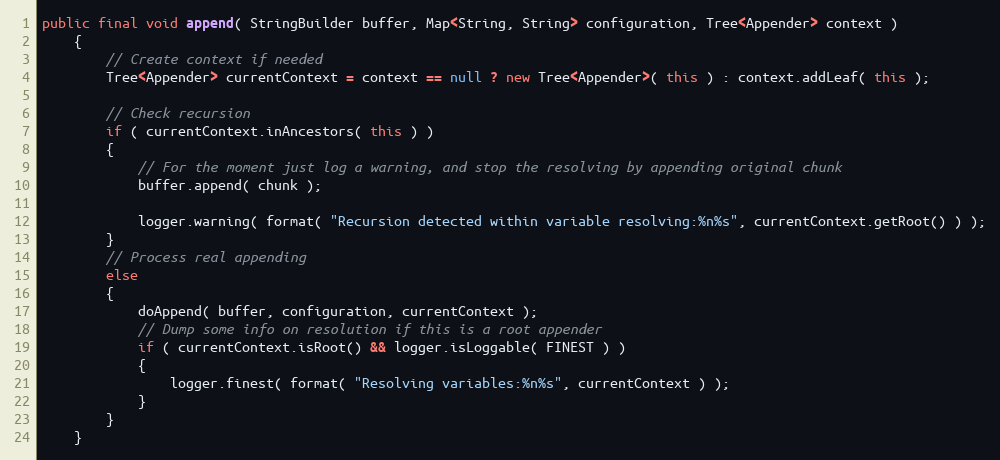
Language: Java
public final void append( StringBuilder buffer, Map<String, String> configuration, Tree<Appender> context )
    {
        // Create context if needed
        Tree<Appender> currentContext = context == null ? new Tree<Appender>( this ) : context.addLeaf( this );

        // Check recursion
        if ( currentContext.inAncestors( this ) )
        {
            // For the moment just log a warning, and stop the resolving by appending original chunk
            buffer.append( chunk );

            logger.warning( format( "Recursion detected within variable resolving:%n%s", currentContext.getRoot() ) );
        }
        // Process real appending
        else
        {
            doAppend( buffer, configuration, currentContext );
            // Dump some info on resolution if this is a root appender
            if ( currentContext.isRoot() && logger.isLoggable( FINEST ) )
            {
                logger.finest( format( "Resolving variables:%n%s", currentContext ) );
            }
        }
    }